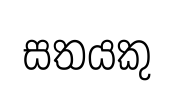
සතයකු